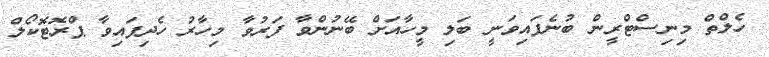
ހެލްތް މިނިސްޓްރީން ބުނެފައިވަނީ ބަލި މީހާއަށް ބޭނުންވާ ފަރުވާ މިހާރު ހެދިފައިވާ ޕްރޮޓޮކޯލް